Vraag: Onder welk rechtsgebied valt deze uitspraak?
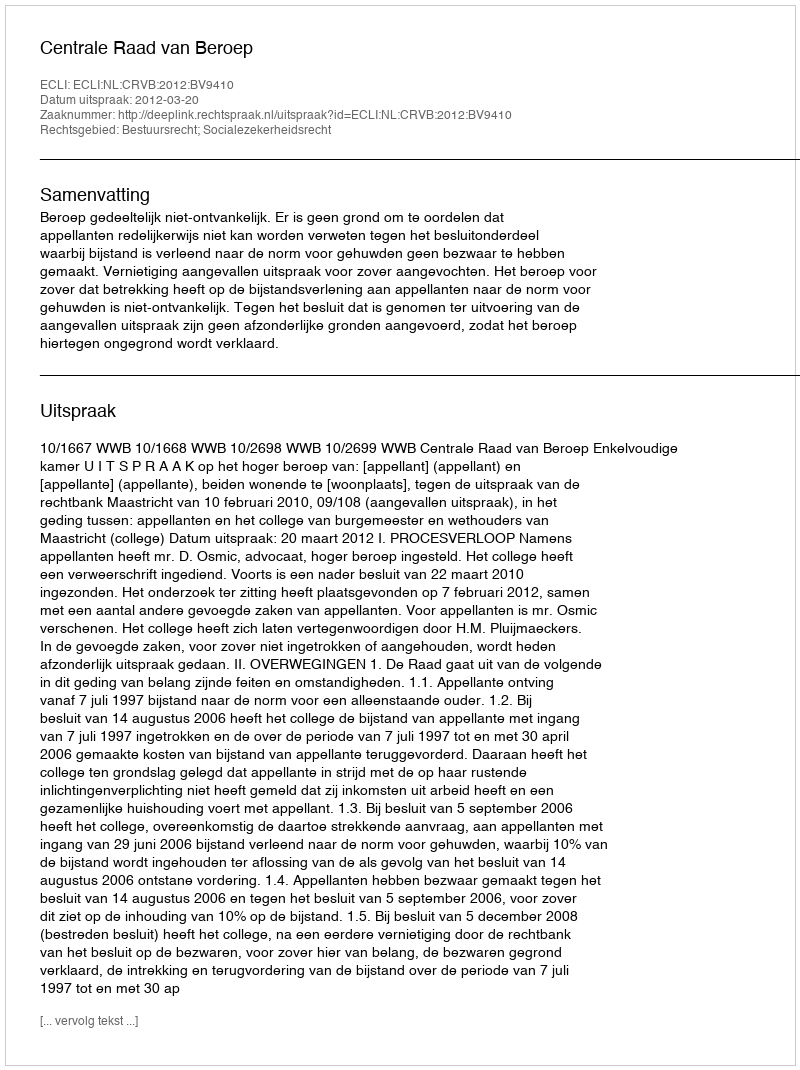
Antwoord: Bestuursrecht; Socialezekerheidsrecht